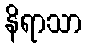
နိရာသာ